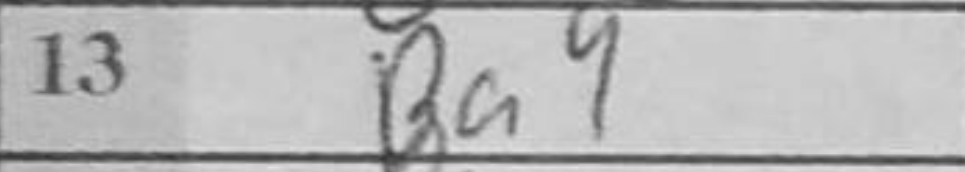
Transcription: Ba4